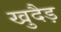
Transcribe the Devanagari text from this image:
खुदैड़